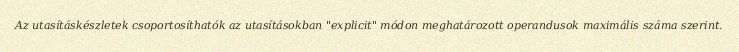
Az utasításkészletek csoportosíthatók az utasításokban "explicit" módon meghatározott operandusok maximális száma szerint.